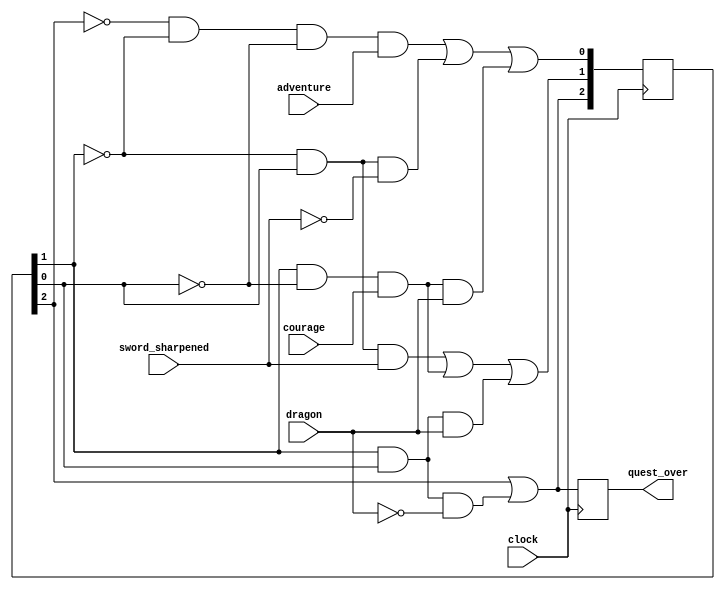
module knight_life(adventure, courage, 
              sword_sharpened, dragon, clock, quest_over);

input adventure;         // Declaration of inputs that
input courage;           // report on various
input sword_sharpened;   // aspects of a medieval
input dragon;            // knight's life
input clock;
output quest_over;       // (Set to 1 on completing quest)
reg quest_over;
 
reg [2:0] present_state; // Declaration of 
wire [2:0] next_state;   // internal state variables

initial
begin
    present_state = 3'b000;
    quest_over = 1'b0;
end

assign next_state[2] = present_state[2] || // equation (2.1) 
 (present_state[1] && present_state[0] && ~dragon);
assign next_state[1] =     // equation (2.2) 
                 (~present_state[1] && 
                  present_state[0] && sword_sharpened) ||
                 (present_state[1] && 
                  ~present_state[0] && courage) ||
                 (present_state[1] && 
                  present_state[0] && dragon);
assign next_state[0] =     // equation (2.3) 
                 (~present_state[2] && ~present_state[1] && 
                  ~present_state[0] && adventure) || 
                 (~present_state[1] && 
                  present_state[0] && ~sword_sharpened) ||
                 (present_state[1] && 
                  ~present_state[0] && courage && dragon);

always @(posedge clock)
begin
    present_state = next_state;
    quest_over = present_state[2];  // equation (2.4) 
end
endmodule